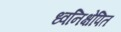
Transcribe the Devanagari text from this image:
ध्वनिक्षेपित